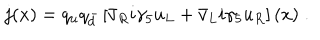
LaTeX: j ( x ) = q _ { u } q _ { \bar { d } } \left[ \bar { v } _ { R } i \gamma _ { 5 } u _ { L } + \bar { v } _ { L } i \gamma _ { 5 } u _ { R } \right] ( x ) \; .